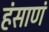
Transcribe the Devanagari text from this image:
हंसाणं